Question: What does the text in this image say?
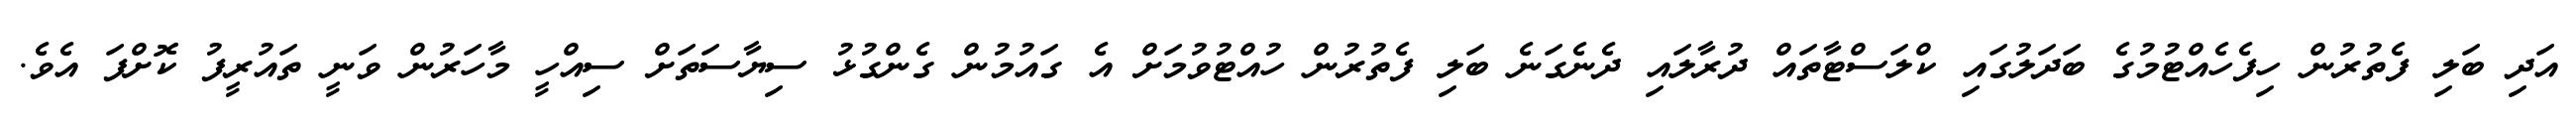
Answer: އަދި ބަލި ފެތުރުން ހިފެހެއްޓުމުގެ ބަދަލުގައި ކްލަސްޓާތައް ދުރާލައި ދެނެގަނެ ބަލި ފެތުރުން ހުއްޓުވުމަށް އެ ގައުމުން ގެންގުޅު ސިޔާސަތަށް ސިއްހީ މާހަރުން ވަނީ ތައުރީފު ކޮށްފަ އެވެ.